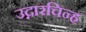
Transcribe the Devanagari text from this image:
उद्गारचिन्ह